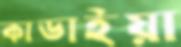
কাডাইয়া